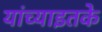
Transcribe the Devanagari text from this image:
यांच्याइतके